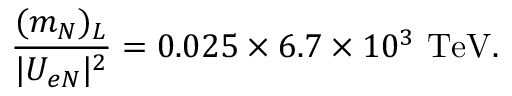
{ \frac { ( m _ { N } ) _ { L } } { | U _ { e N } | ^ { 2 } } } = 0 . 0 2 5 \times 6 . 7 \times 1 0 ^ { 3 } \ \mathrm { T e V } .